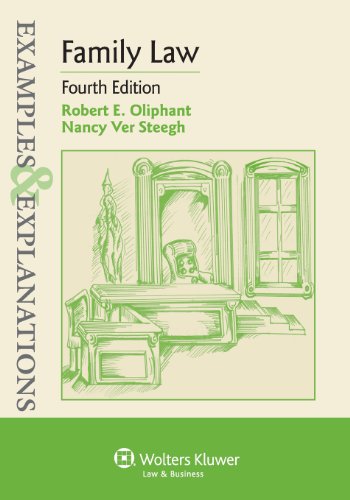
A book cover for Examples & Explanations: Family Law, Fourth Edition (Examples & Explantions); Robert E. Oliphant; Law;